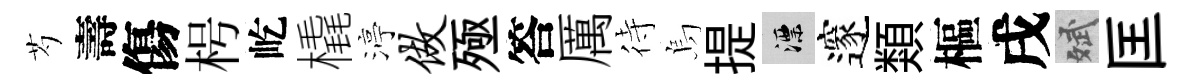
芍壽傷枵屹橇渟做殛答厲待烏提漂邃類樞戌斌匡